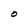
Character: O